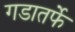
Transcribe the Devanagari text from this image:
गडातर्फे